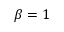
\beta = 1